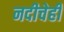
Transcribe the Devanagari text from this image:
नदीचेही